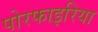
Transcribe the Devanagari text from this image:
पोरफाइरिया